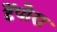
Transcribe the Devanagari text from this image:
टेंपोरा